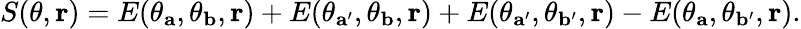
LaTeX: \begin{array}{r}{S(\theta,{\mathbf r})=E(\theta_{\mathbf{a}},\theta_{\mathbf{b}},{\mathbf r})+E(\theta_{\mathbf{a}^{\prime}},\theta_{\mathbf{b}},{\mathbf r})+E(\theta_{\mathbf{a}^{\prime}},\theta_{\mathbf{b}^{\prime}},{\mathbf r})-E(\theta_{\mathbf{a}},\theta_{\mathbf{b}^{\prime}},{\mathbf r}).}\end{array}